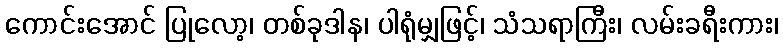
ကောင်းအောင် ပြုလော့၊ တစ်ခုဒါန၊ ပါရုံမျှဖြင့်၊ သံသရာကြီး၊ လမ်းခရီးကား၊